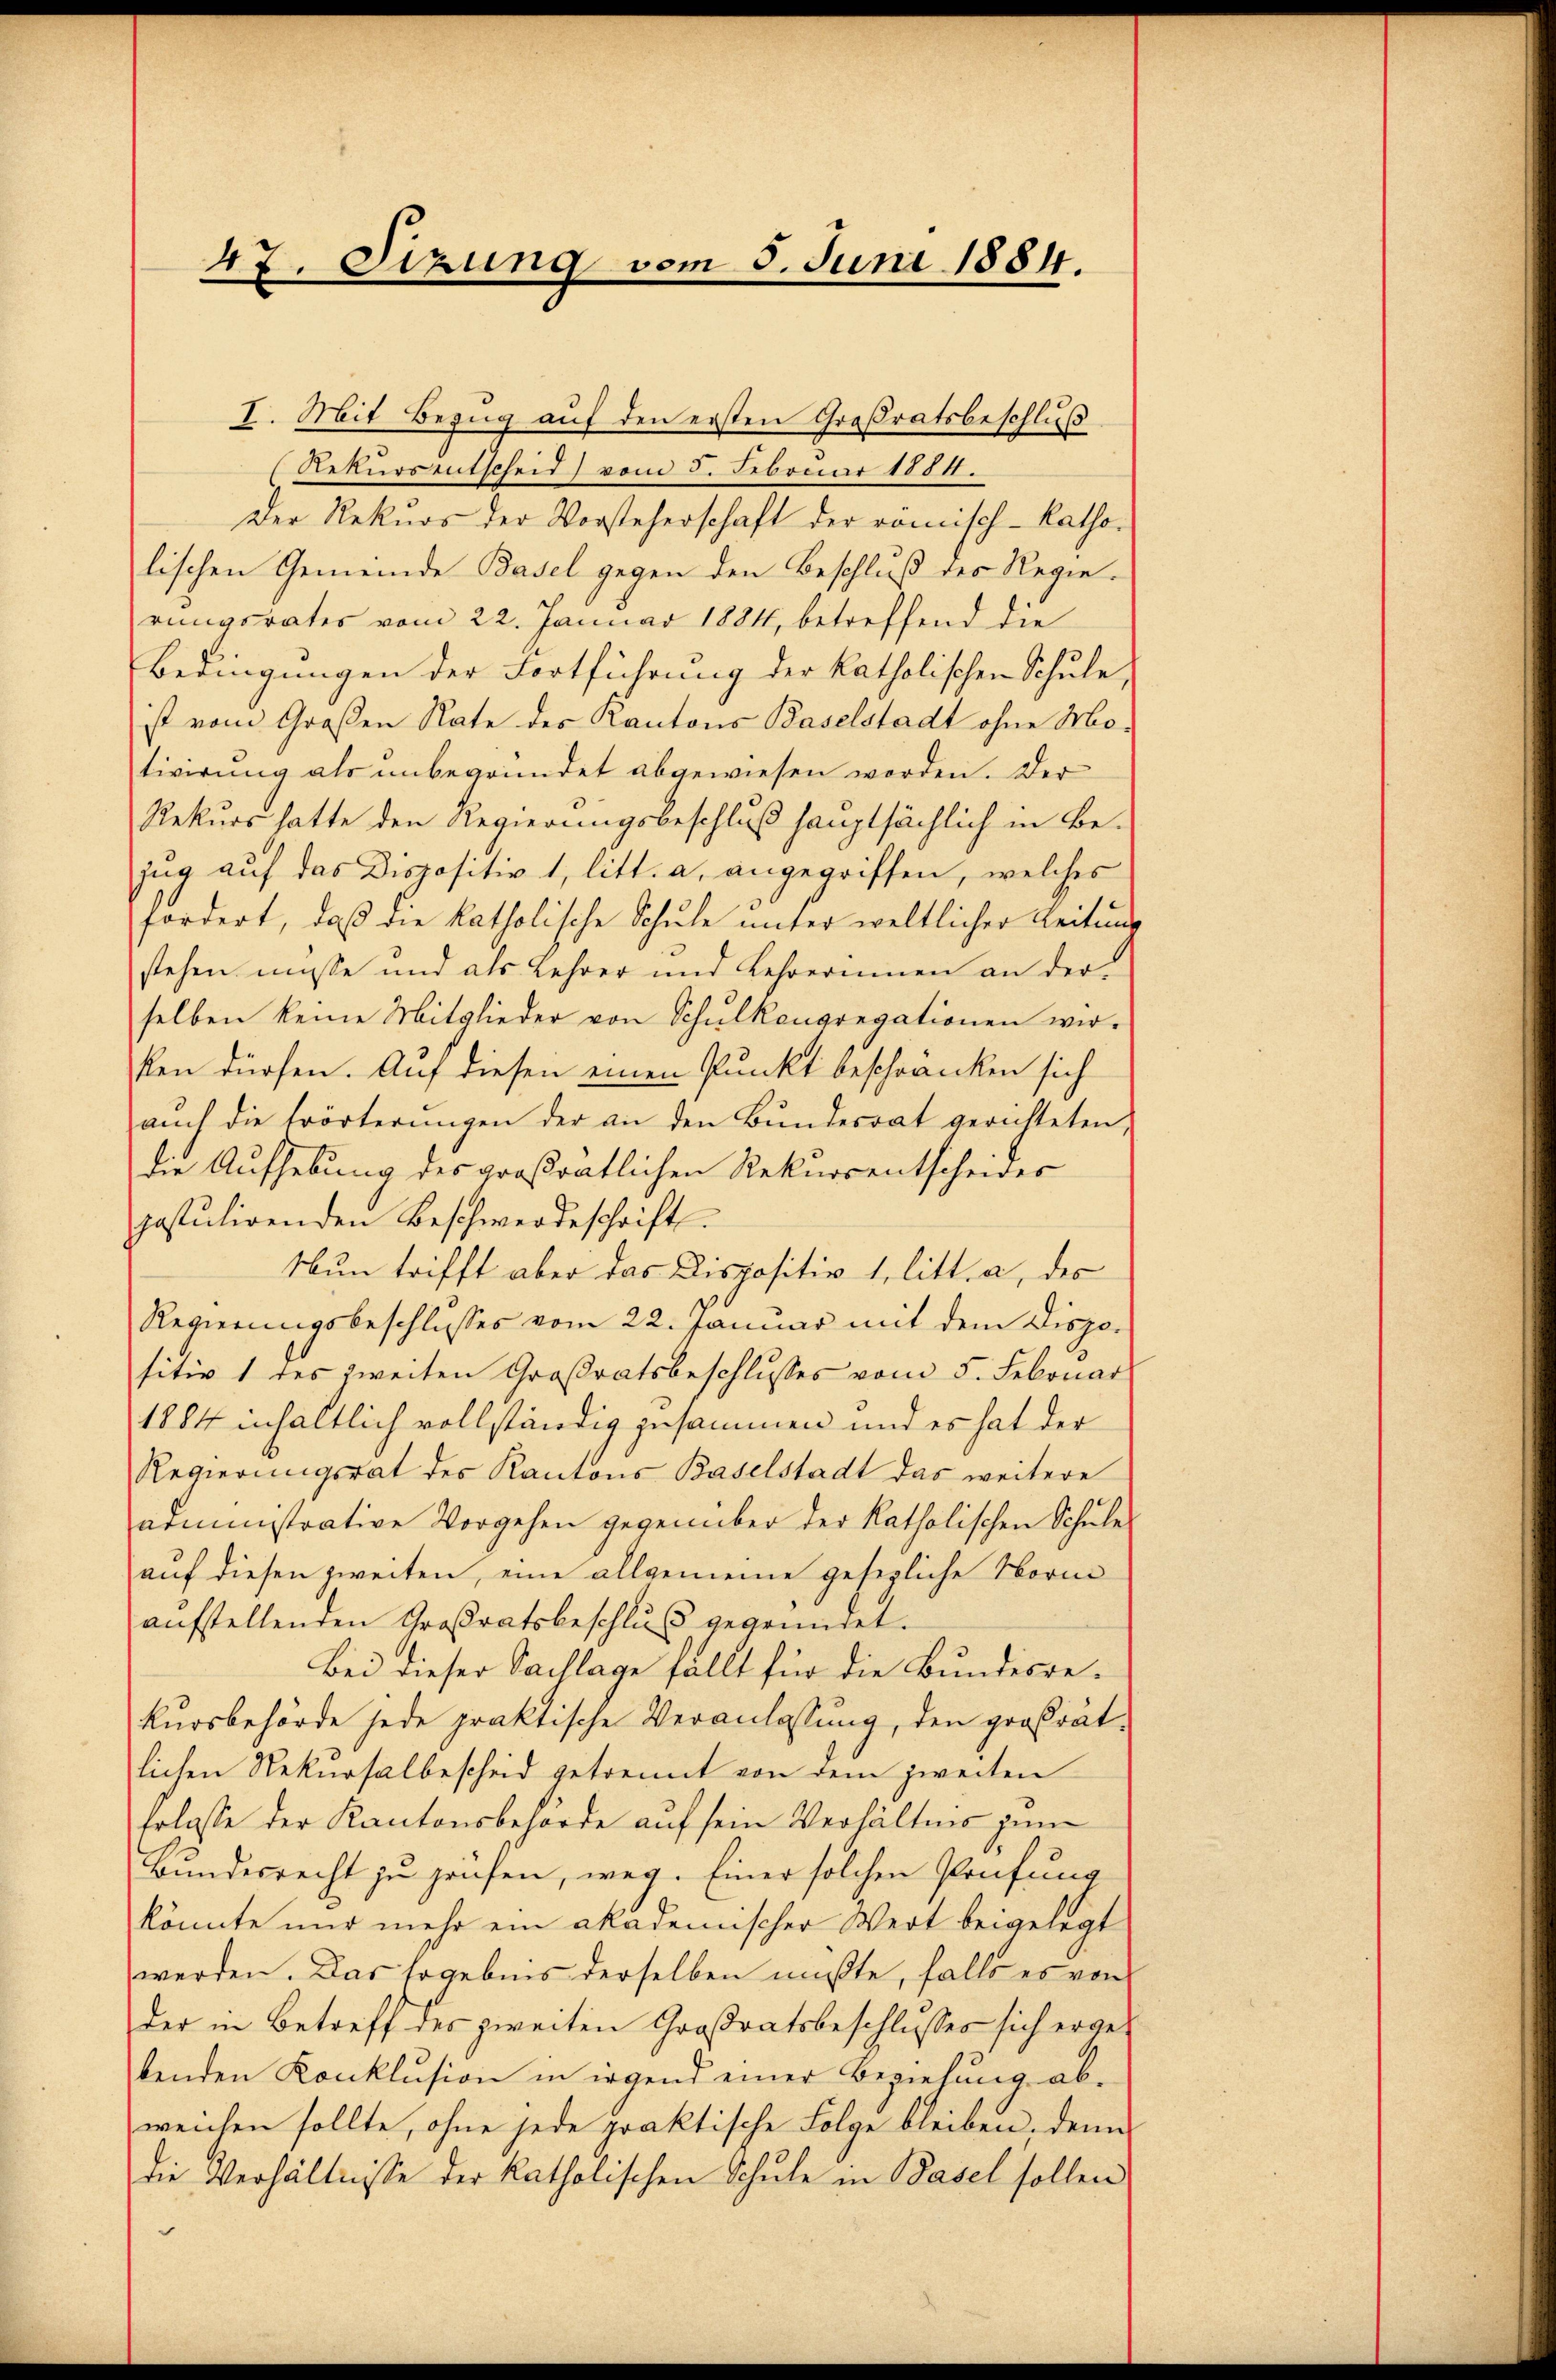
47. Sizung vom 5. Juni 1884.

I. Mit Bezug auf den ersten Großratsbeschluß
Rekurs entscheid) vom 5. Februar 1884.
Der Rekurs der Vorsteherschaft der romisch-katho-
lischen Gemeinde Basel gegen den Beschluß des Regierungsrates vom 22. Januar 1884, betreffend die
Bedingungen der Fortführung der katholischen Schule,
ist vom Großen Rate des Kantons Baselstadt ohne Motivirung als unbegründet abgewiesen worden. Der
Rekurs hatte den Regierungsbeschluß hauptsächlich in Be-
zug auf das Dispositiv 1, litt. a. angegriffen, welches
fordert, daß die katholische Schŭle unter weltlicher Leitung
stehen müsse und als Lehrer und Lehrerinnen an der
selben keine Mitglieder von Schŭlkongregationen wir-
ken dürfen. Auf diesen einen Punkt beschranken sich
aŭch die Erörterungen der an den Bŭndesrat gerichteten,
die Aufhebung des großratlichen Rekursentscheider
postulirenden Beschwerdeschrift
Nun trifft aber das Dispositiv 1, litt. a, des
Regierungsbeschlusses vom 22. Januar mit dem Dispo-
sitiv 1 des zweiten Großratsbeschlusses vom 5. Februar
1884 inhaltlich vollständig zusammen und es hat der
Regierungsrat des Kantons Baselstadt das weitere
arministrative Vorgehen gegenüber der katholischen Schule
auf diesen zweiten, eine allgemeine gesezliche Norm
aŭfstellenden Großratsbeschluß gegründet.
Bei dieser Sachlage fällt für die Bundesrekursbehörde jede praktische Veranlassung, den großrät-
lichen Rekursalbescheid getrennt von dem zweiten
Erlasse der Kantonsbehörde auf sein Verhältnis zum
Bundesrecht zu prüfen, weg. Einer solchen Prüfung
könnte nur mehr ein akademischer Wert beigelegt
werden. Das Ergebnis derselben mußte, falls es von
der in Betreff des zweiten Großratsbeschlusses sich ergebenden Konklusion in irgend einer Beziehung abweichen sollte, ohne jede praktische Folge bleiben, denn
die Verhältnisse der katholischen Schule in Basel sollen
e